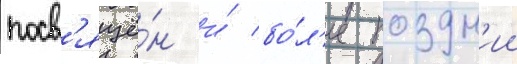
посв'ящё́н и́ бо́л'ее поздн'ии